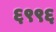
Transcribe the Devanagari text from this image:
६९९६